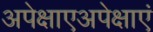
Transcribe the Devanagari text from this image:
अपेक्षाएअपेक्षाएं